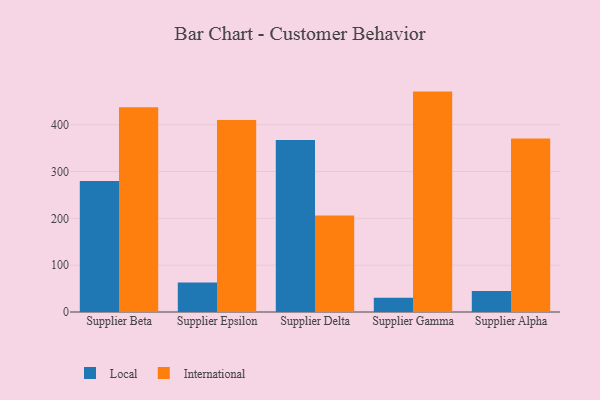
{"axis": {"x": "Supplier", "y": "Page Views"}, "legend": ["International", "Local"], "data": [{"x": "Supplier Beta", "y": 279.9, "type": "Local"}, {"x": "Supplier Beta", "y": 437.2, "type": "International"}, {"x": "Supplier Epsilon", "y": 63.1, "type": "Local"}, {"x": "Supplier Epsilon", "y": 410.1, "type": "International"}, {"x": "Supplier Delta", "y": 367.2, "type": "Local"}, {"x": "Supplier Delta", "y": 206.2, "type": "International"}, {"x": "Supplier Gamma", "y": 30.4, "type": "Local"}, {"x": "Supplier Gamma", "y": 470.6, "type": "International"}, {"x": "Supplier Alpha", "y": 45.1, "type": "Local"}, {"x": "Supplier Alpha", "y": 370.5, "type": "International"}]}